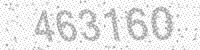
Solution: 463160